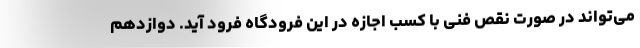
می‌تواند در صورت نقص فنی با کسب اجازه در این فرودگاه فرود آید. دوازدهم